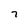
Character: 7